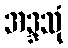
အဒ္ဒသုံ